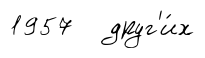
1957 друг'и́х